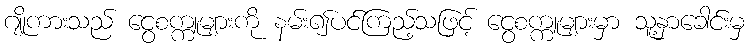
ဂျိုကားသည် ငွေစက္ကူများကို နမ်း၍ပင်ကြည့်သဖြင့် ငွေစက္ကူများမှာ သူ့နှာခေါင်းမှ